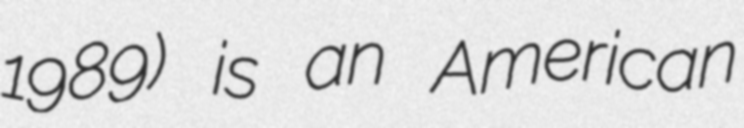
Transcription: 1989) is an American